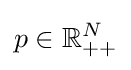
p\in \mathbb {R} _{++}^{N}